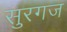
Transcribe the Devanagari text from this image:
सुरगज